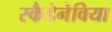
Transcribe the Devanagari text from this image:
स्कैडेनेविया